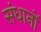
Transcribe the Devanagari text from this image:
संधानों